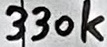
Text: 330k